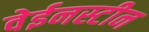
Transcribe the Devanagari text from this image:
वेईनस्टीन